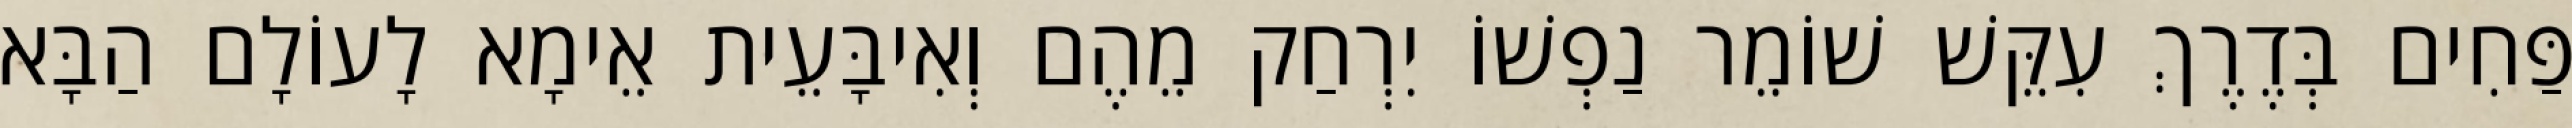
פַּחִים בְּדֶרֶךְ עִקֵּשׁ שׁוֹמֵר נַפְשׁוֹ יִרְחַק מֵהֶם וְאִיבָּעֵית אֵימָא לָעוֹלָם הַבָּא